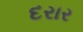
દરાર